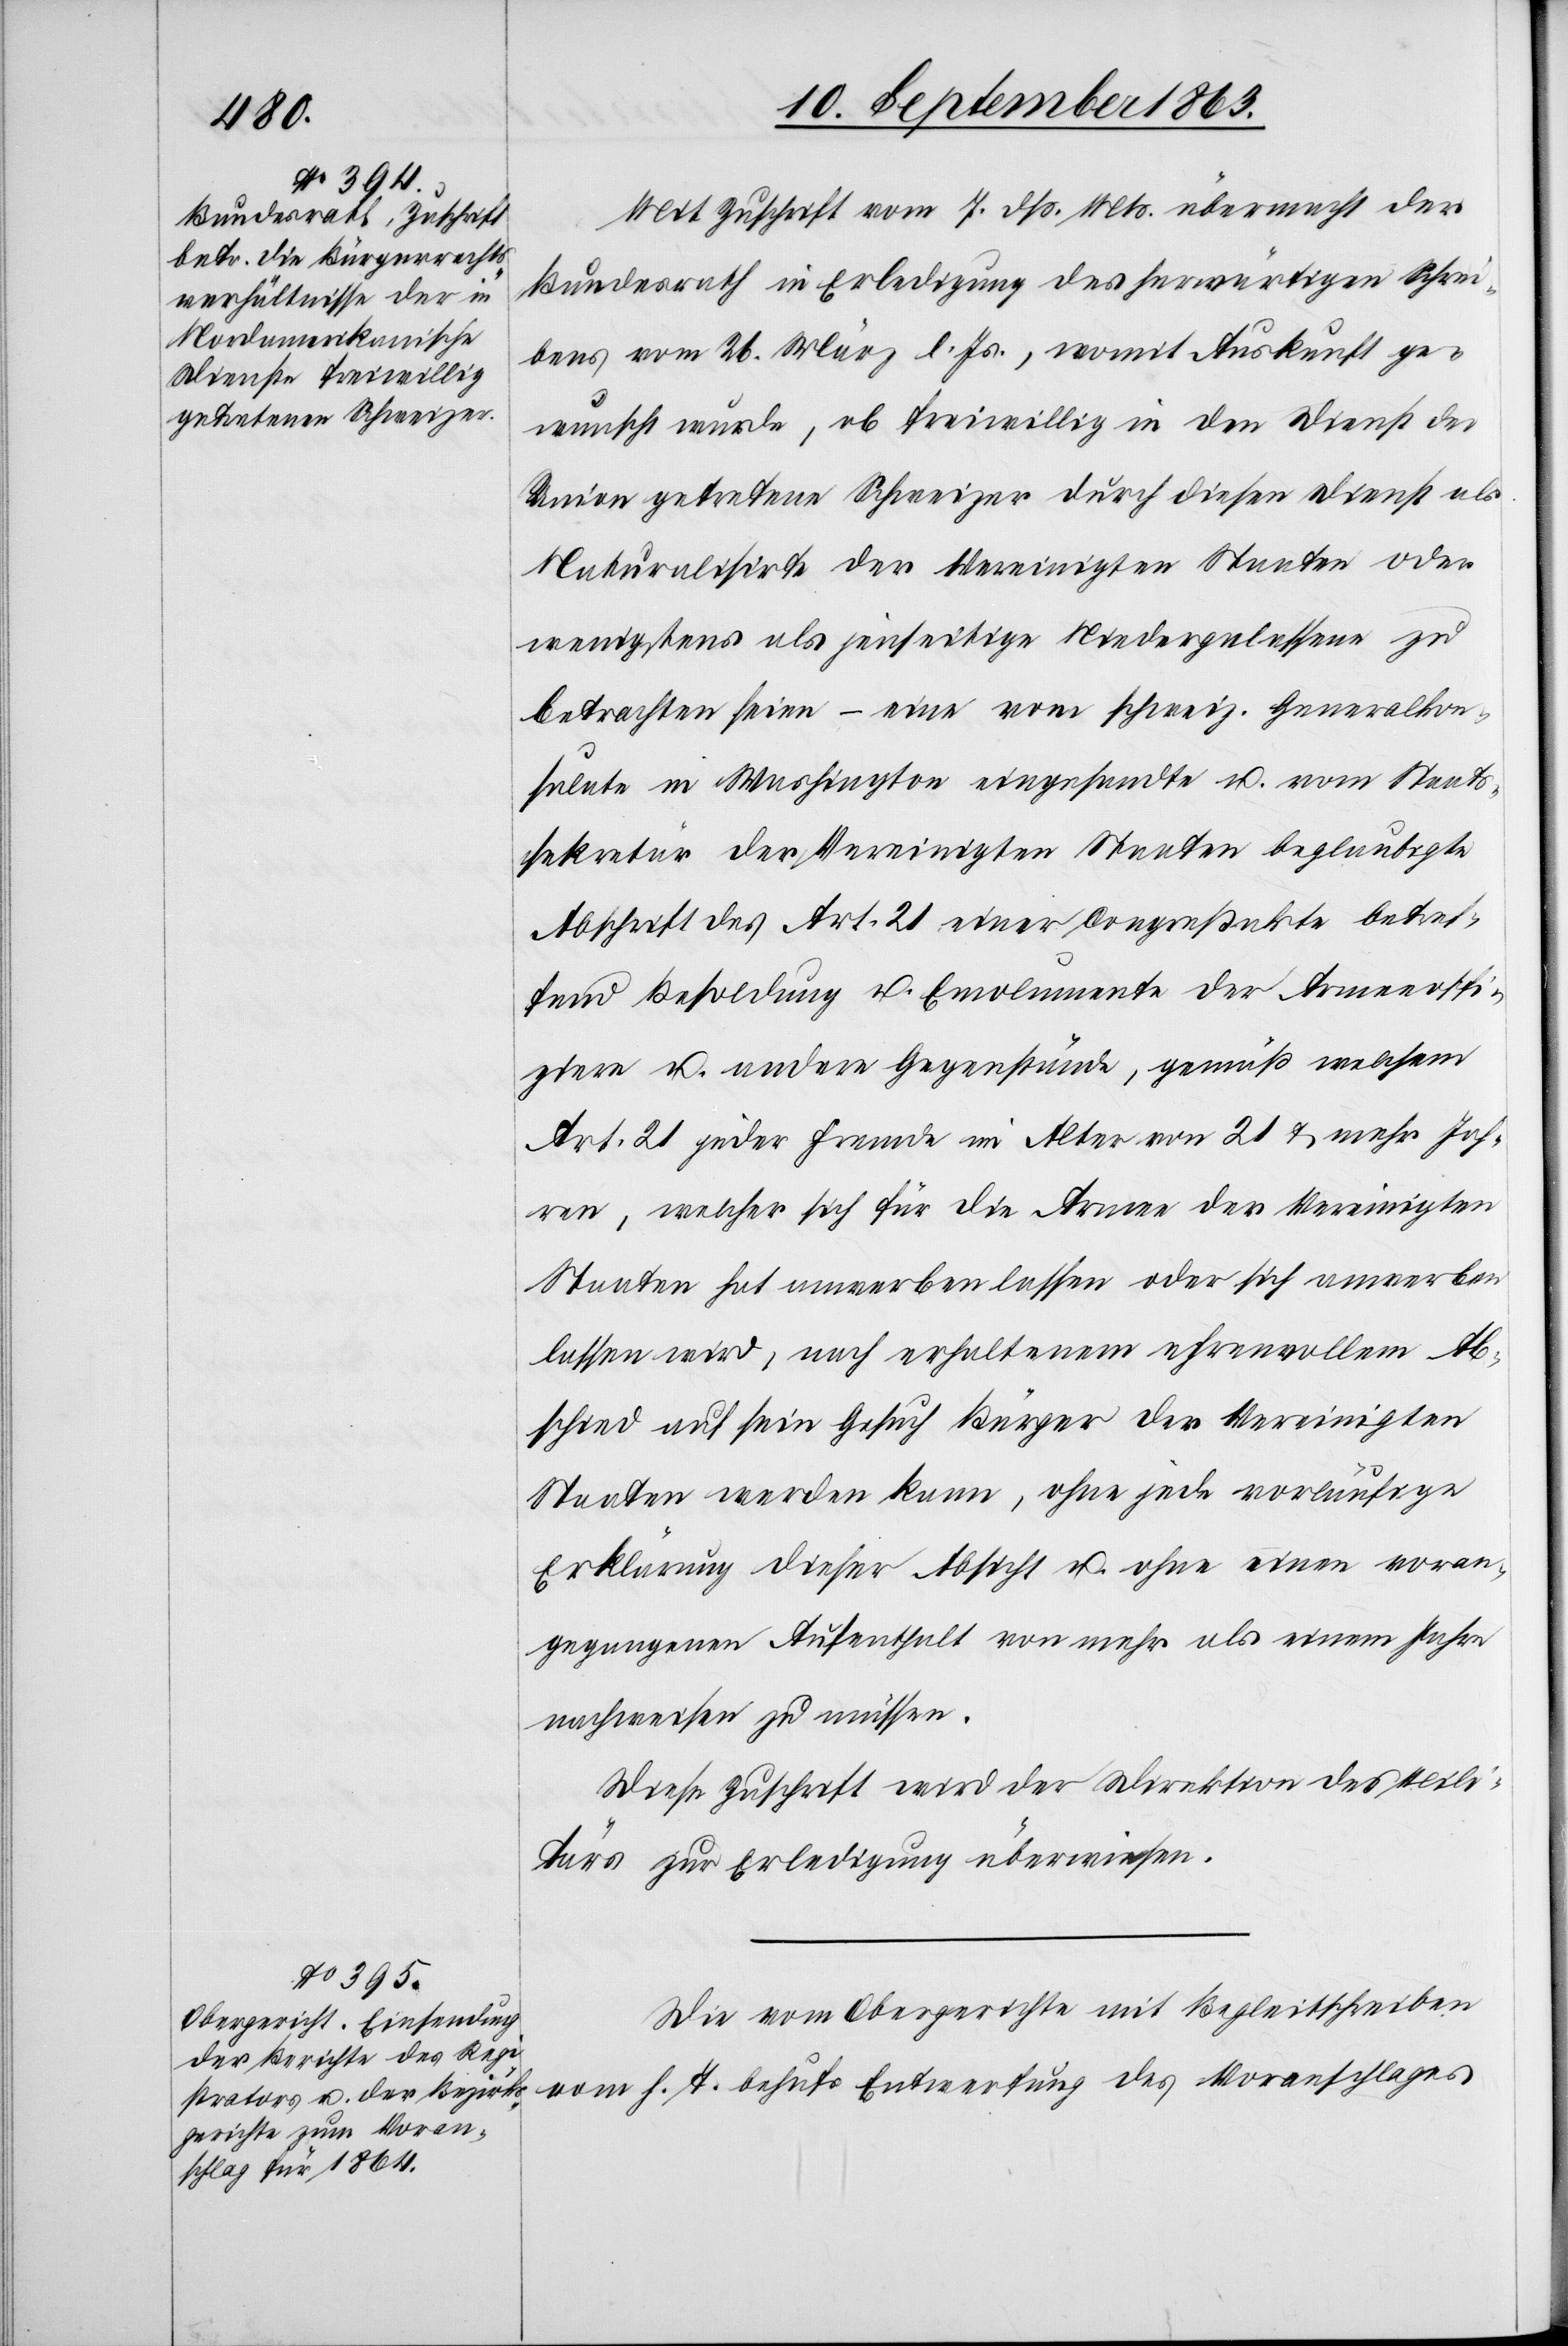
Mit Zuschrift vom 7. dß. Mts. übermacht der
Bundesrath in Erledigung des herwärtigen Schrei¬
bens vom 26. März l. Js., womit Auskunft ge¬
wunscht [sic!] wurde, ob freiwillig in den Dienst der
Union getretene Schweizer durch diesen Dienst als
Naturalisirte der Vereinigten Staaten oder
wenigstens als jenseitige Niedergelassene zu
betrachten seien – eine vom schweiz. Generalkon¬
sulate in Washington eingesandte u. vom Staats¬
sekretär der Vereinigten Staaten beglaubigte
Abschrift des Art. 21 einer Congreßakte betref¬
fend Besoldung u. Emolumente der Armeeoffi¬
ziere u. andere Gegenstände, gemäß welchem
Art. 21 jeder Fremde im Alter von 21 & mehr Jah¬
ren, welcher sich für die Armee der Vereinigten
Staaten hat anwerben lassen oder sich anwerben
lassen wird, nach erhaltenem ehrenvollem Ab¬
schied auf sein Gesuch Bürger der Vereinigten
Staaten werden kann, ohne jede vorläufige
Erklärung dieser Absicht u. ohne einen voran¬
gegangenen Aufenthalt von mehr als einem Jahre
nachweisen zu müssen.
Diese Zuschrift wird der Direktion des Mili¬
tärs zur Erledigung überwiesen.
Die vom Obergerichte mit Begleitschreiben